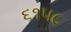
૬૧૫૮